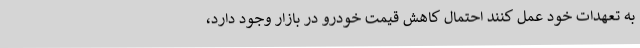
به تعهدات خود عمل کنند احتمال کاهش قیمت خودرو در بازار وجود دارد،